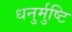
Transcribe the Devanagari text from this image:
धनुर्मुष्टि